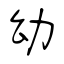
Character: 幼